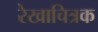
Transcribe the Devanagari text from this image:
रेखाचित्रक